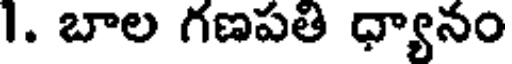
1. బాల గణపతి ధ్యానం